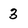
Character: 3